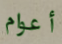
أعوام